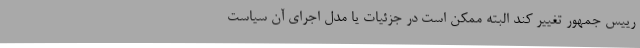
رییس جمهور تغییر کند البته ممکن است در جزئیات یا مدل اجرای آن سیاست